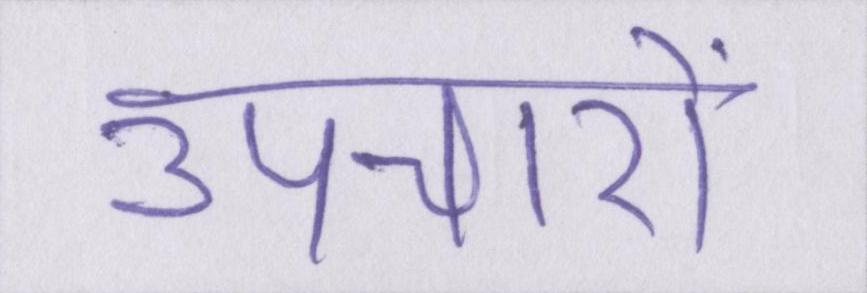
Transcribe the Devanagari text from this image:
उपचारों